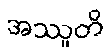
အဿူတိ